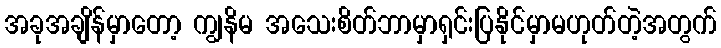
အခုအချိန်မှာတော့ ကျွနိမ အသေးစိတ်ဘာမှာရှင်းပြနိုင်မှာမဟုတ်တဲ့အတွက်